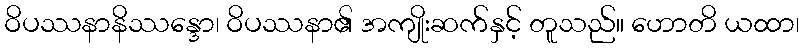
ဝိပဿနာနိဿန္ဒော၊ ဝိပဿနာ၏ အကျိုးဆက်နှင့် တူသည်။ ဟောတိ ယထာ၊